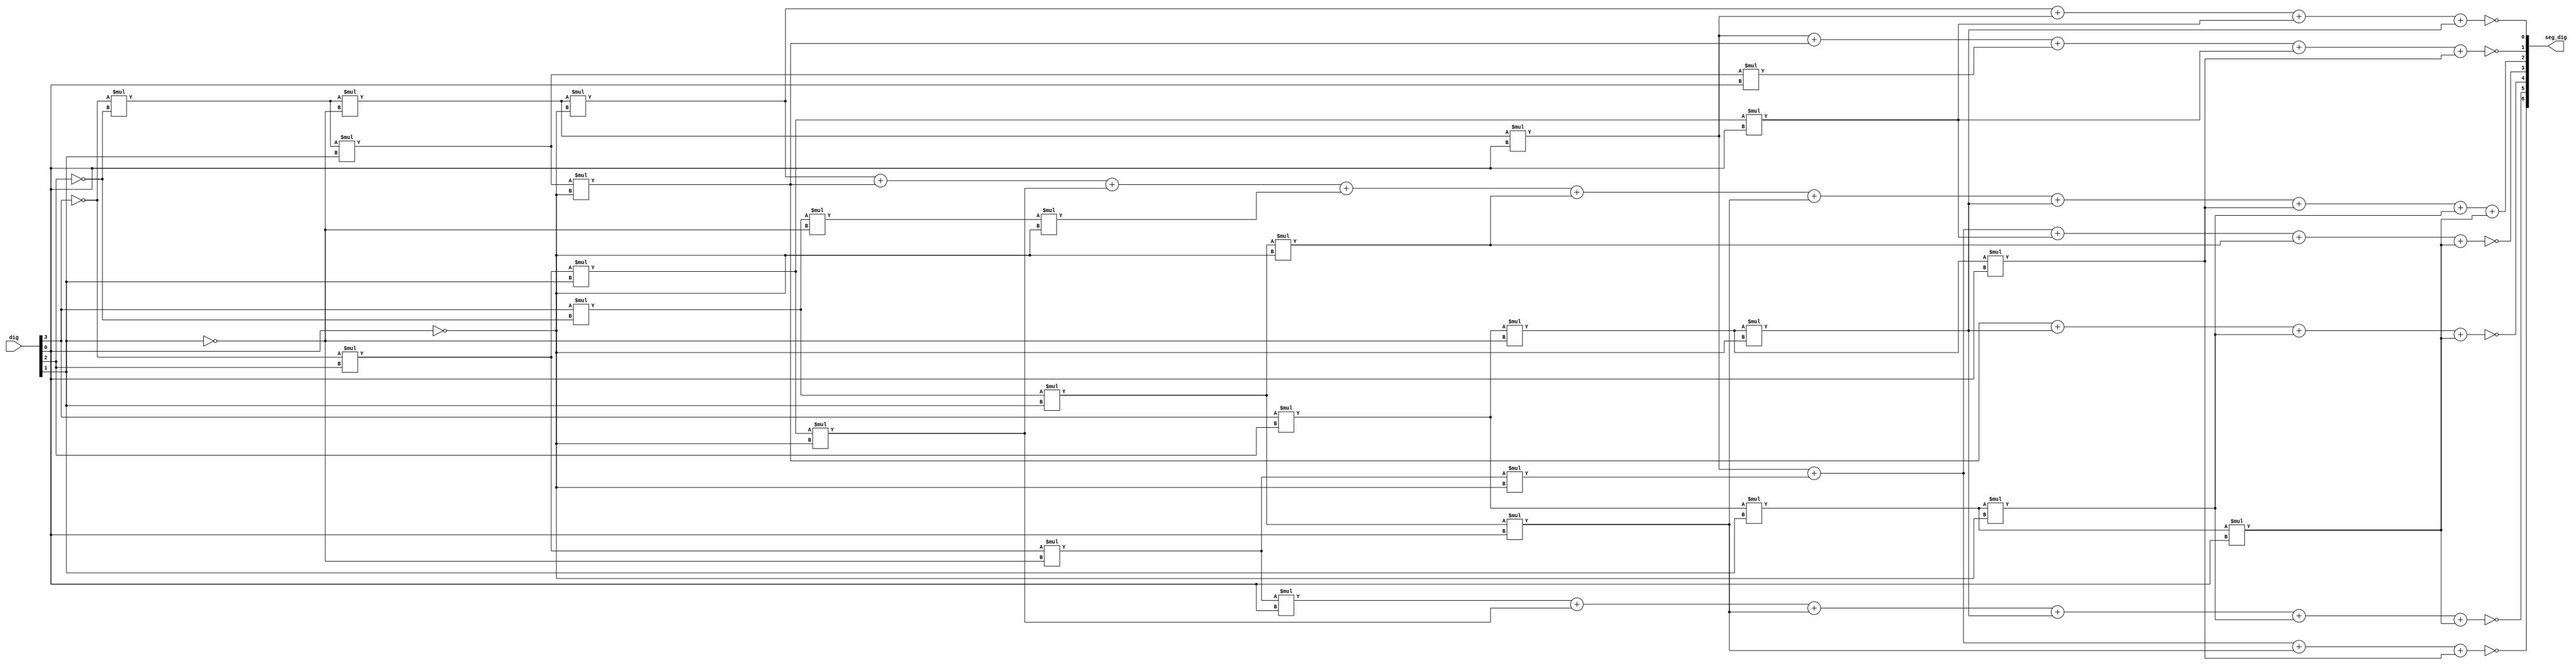
module decrypt (dig, seg_dig);
	input [3:0] dig;
	output [6:0] seg_dig;
	
	wire x1 = dig[3];
	wire x2 = dig[2];
	wire x3 = dig[1];
	wire x4 = dig[0];
	
	wire a = !(!x1*!x2*!x3*x4 + !x1*x2*!x3*!x4 + x1*!x2*x3*x4 + x1*x2*!x3*x4);
	wire b = !(!x1*x2*!x3*x4 + !x1*x2*x3*!x4 + x1*!x2*x3*x4 + x1*x2*!x3*!x4 + x1*x2*x3*!x4 + x1*x2*x3*x4);
	wire c = !(!x1*!x2*x3*!x4 + x1*x2*!x3*!x4 + x1*x2*x3*!x4 + x1*x2*x3*x4);
	wire d = !(!x1*!x2*!x3*x4 + !x1*x2*!x3*!x4 + !x1*x2*x3*x4 + x1*!x2*x3*!x4 + x1*x2*x3*x4);
	wire e = !x1*!x2*!x3*!x4 + !x1*!x2*x3*!x4 + !x1*x2*x3*!x4 + x1*!x2*!x3*!x4 + x1*!x2*x3*!x4 + x1*!x2*x3*x4 + x1*x2*!x3*!x4 + x1*x2*!x3*x4 + x1*x2*x3*!x4 + x1*x2*x3*x4;
	wire f = !(!x1*!x2*!x3*x4 + !x1*!x2*x3*!x4 + !x1*!x2*x3*x4 + !x1*x2*x3*x4 + x1*x2*!x3*x4);
	wire g = !(!x1*!x2*!x3*!x4 + !x1*!x2*!x3*x4 + !x1*x2*x3*x4 + x1*x2*!x3*!x4);
	
	assign seg_dig[6:0] = {a, b, c, d, e, f, g};
endmodule